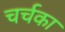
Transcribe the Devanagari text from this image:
चर्चका